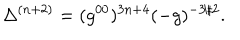
\Delta ^ { ( n + 2 ) } = ( g ^ { 0 0 } ) ^ { 3 n + 4 } ( - g ) ^ { - 3 / 2 } .